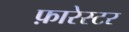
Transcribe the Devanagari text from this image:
फ़ारेस्टर